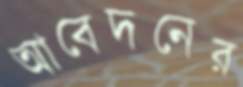
আবেদনের